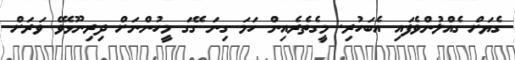
ގެޔަށް ގެއްލުންވެފައި އެބަހުރި. މީގެތެރެއިން ހަމަ ގިނަ ގޭގަ މީހުންނަށް ދިރިނޫޅެވޭ ވަރަށް